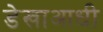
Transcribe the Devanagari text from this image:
डेखाआधी